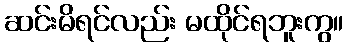
ဆင်းမိရင်လည်း မထိုင်ရဘူးကွ။